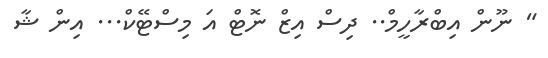
" ނޫން އިބްރާހީމް.. ދިސް އިޒް ނޮޓް އަ މިސްޓޭކް... އިން ޝާ